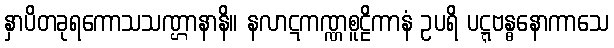
နှာပိတခုရကောသသဏ္ဌာနာနိ။ နလာဋကဏ္ဏစူဠိကာနံ ဥပရိ ပဋ္ဋဗန္ဓနောကာသေ